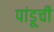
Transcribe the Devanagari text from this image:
पांडूची